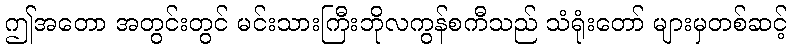
ဤအတော အတွင်းတွင် မင်းသားကြီးဘိုလကွန်စကီသည် သံရုံးတော် များမှတစ်ဆင့်